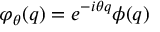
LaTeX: \varphi _ { \theta } ( q ) = e ^ { - i \theta q } \phi ( q )